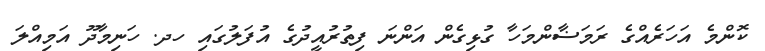
ކޮންމެ އަހަރެއްގެ ރަމަޟާންމަހާ ގުޅިގެން އަންނަ ފިތުރުއީދުގެ އުފަލުގައި ހދ. ހަނިމާދޫ އަމިއްލަ